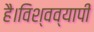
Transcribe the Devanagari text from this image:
है।विश्वव्यापी